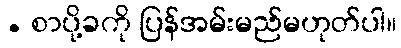
. စာပို့ခကို ပြန်အမ်းမည်မဟုတ်ပါ။